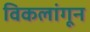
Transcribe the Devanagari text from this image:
विकलांगून